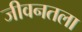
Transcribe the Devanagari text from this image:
जीवनतला